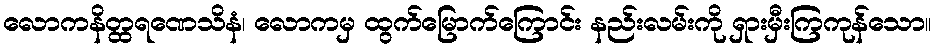
လောကနိတ္ထရဏေသိနံ၊ လောကမှ ထွက်မြောက်ကြောင်း နည်းလမ်းကို ရှားမှီးကြကုန်သော။